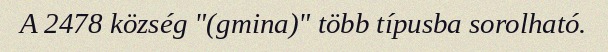
A 2478 község "(gmina)" több típusba sorolható.